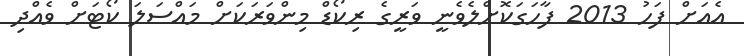
އެއަށް ފަހު 2013 ފާހަގަކޮށްލެވެނީ ވަރީގެ ރިކޯޑް މިންވަރަކަށް މައްސަލަ ކޯޓަށް ވެއްދި